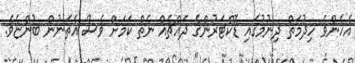
އެހެންވެ ހިދުމަތް ދިނުމުގައި ޑޮކްޓަރުންގެ ދައްޗެއް ނެތް ކަމަށް ވެސް އެތަނުން ބުންޏެވެ.